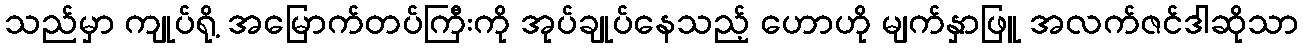
သည်မှာ ကျုပ်ရို့ အမြောက်တပ်ကြီးကို အုပ်ချုပ်နေသည့် ဟောဟို မျက်နှာဖြူ အလက်ဇင်ဒါဆိုသာ